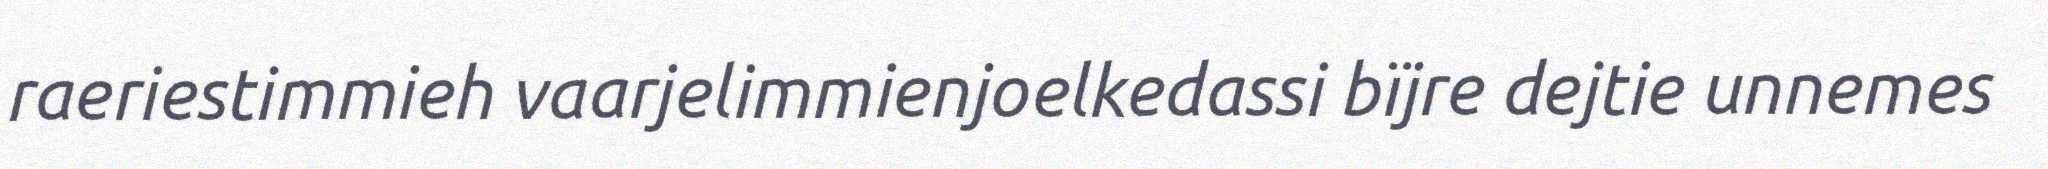
raeriestimmieh vaarjelimmienjoelkedassi bïjre dejtie unnemes